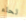
لحاء